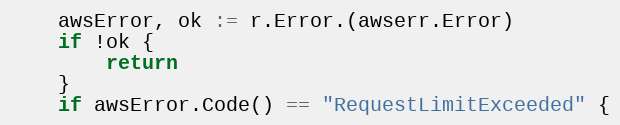
Language: Go
	awsError, ok := r.Error.(awserr.Error)
	if !ok {
		return
	}
	if awsError.Code() == "RequestLimitExceeded" {